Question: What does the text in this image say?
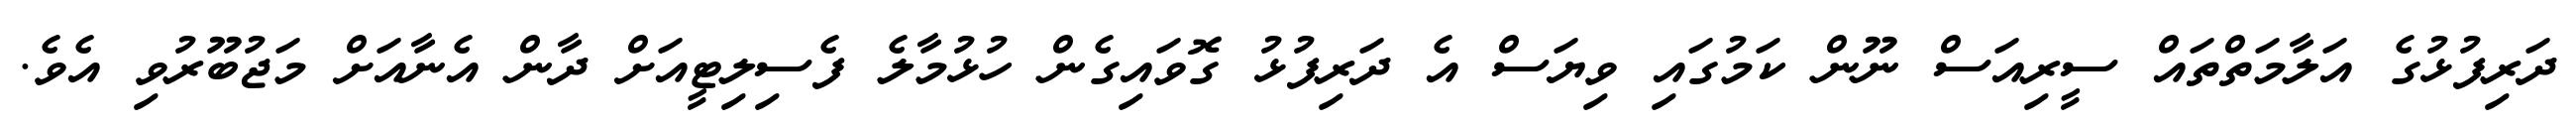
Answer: ދަރިފުޅުގެ އަލާމަތްތައް ސީރިއަސް ނޫން ކަމުގައި ވިޔަސް އެ ދަރިފުޅު ގޮވައިގެން ހުޅުމާލެ ފެސިލިޓީއަށް ދާން އެނާއަށް މަޖުބޫރުވި އެވެ.